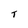
Character: T